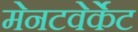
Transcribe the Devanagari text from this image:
मेनटवेर्केट